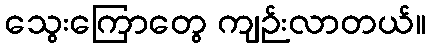
သွေးကြောတွေ ကျဉ်းလာတယ်။